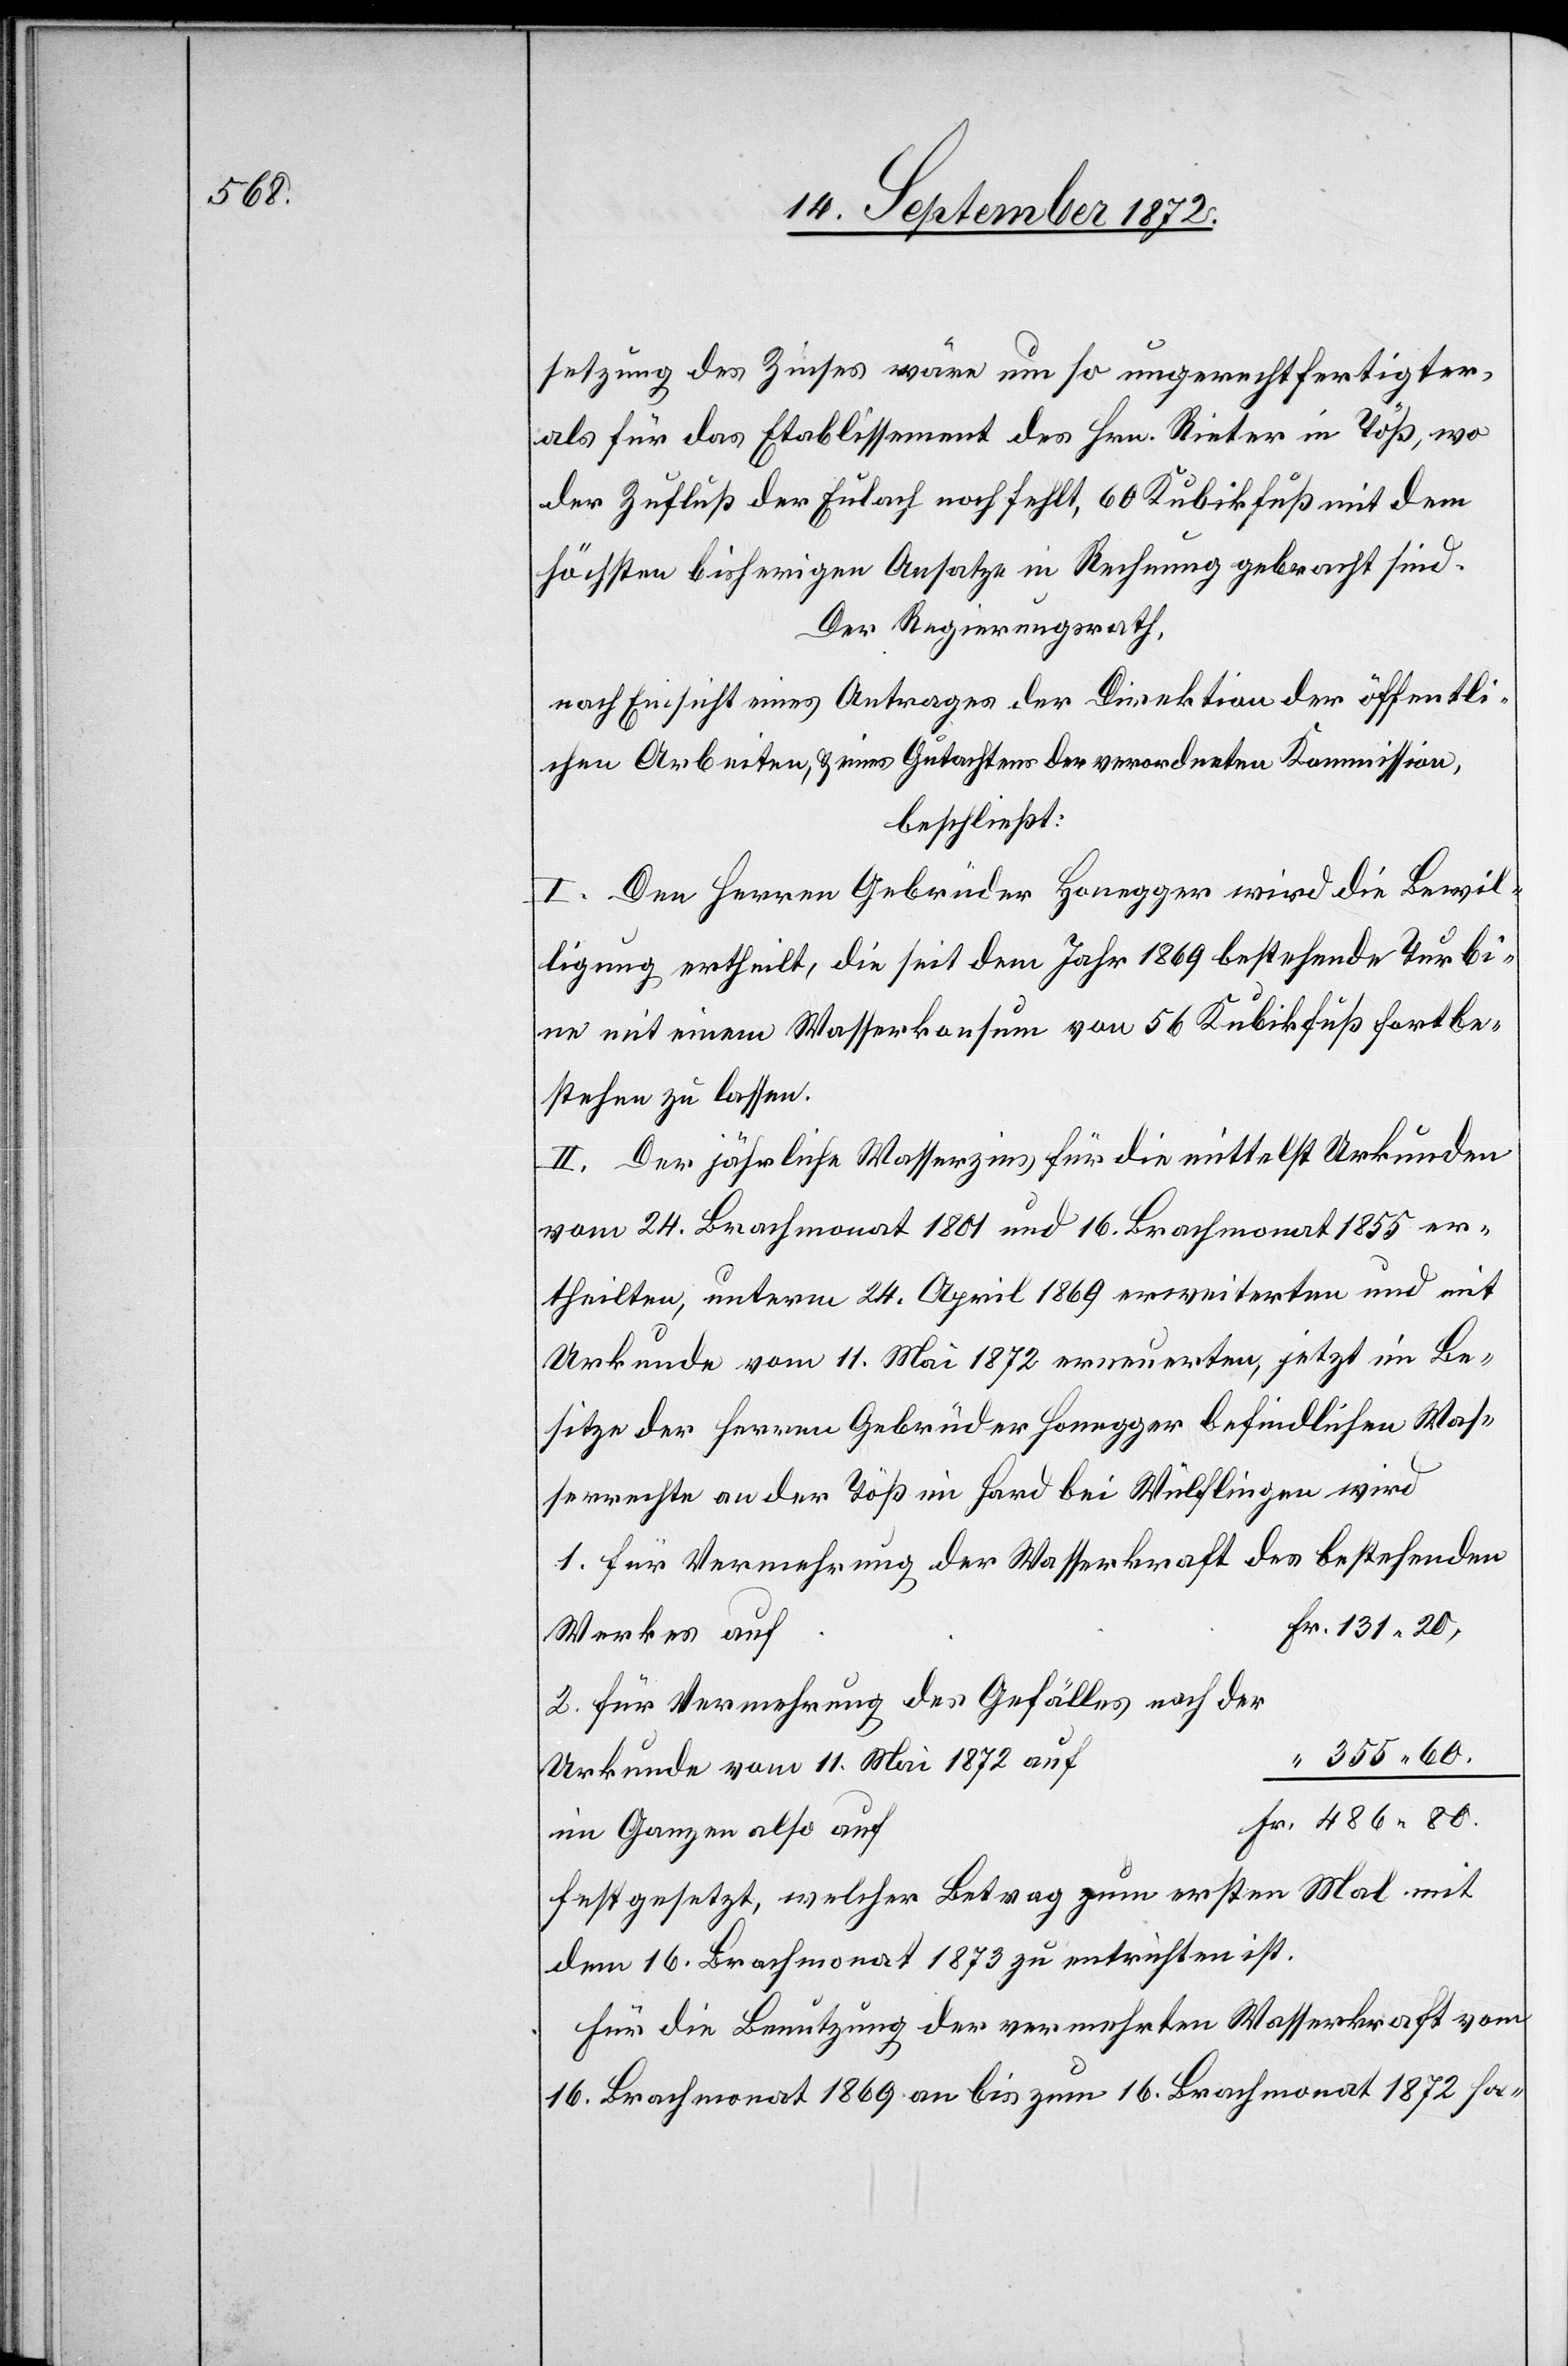
setzung des Zinses wäre um so ungerechtfertigter
als für das Etablissement des Hrn. Rieter in Töß, wo
der Zufluß der Eulach noch fehlt, 60 Kubikfuß mit dem
höchsten bisherigen Ansatze in Rechnung gebracht sind.
Der Regierungsrath,
nach Einsicht eines Antrages der Direktion der öffentli¬
chen Arbeiten, u. eines Gutachtens der verordneten Kommission,
beschließt:
I. Den Herren Gebrüder Honegger wird die Bewil¬
ligung ertheilt, die seit dem Jahr 1869 bestehende Turbi¬
ne mit einem Wasserkonsum von 56 Kubikfuß fortbe¬
stehen zu lassen.
II. Der jährliche Wasserzins für die mittelst Urkunden
vom 24. Brachmonat 1801 und 16. Brachmonat 1855 er¬
theilten, unterm 24. April 1869 erweiterten und mit
Urkunde vom 11. Mai 1872 erneuerten, jetzt im Be¬
sitze der Herren Gebrüder Honegger befindlichen Was¬
serrechte an der Töß im Hard bei Wülflingen wird
1. Für Vermehrung der Wasserkraft des bestehenden
Werkes auf
2. Für Vermehrung des Gefälles noch der
355 60.
Urkunde vom 11. Mai 1872 auf
im Ganzen also auf
festgesetzt, welcher Betrag zum ersten Mal mit
dem 16. Brachmonat 1873 zu entrichten ist.
Für die Benutzung der vermehrten Wasserkraft vom
16. Brachmonat 1869 an bis zum 16. Brachmonat 1872 ha-